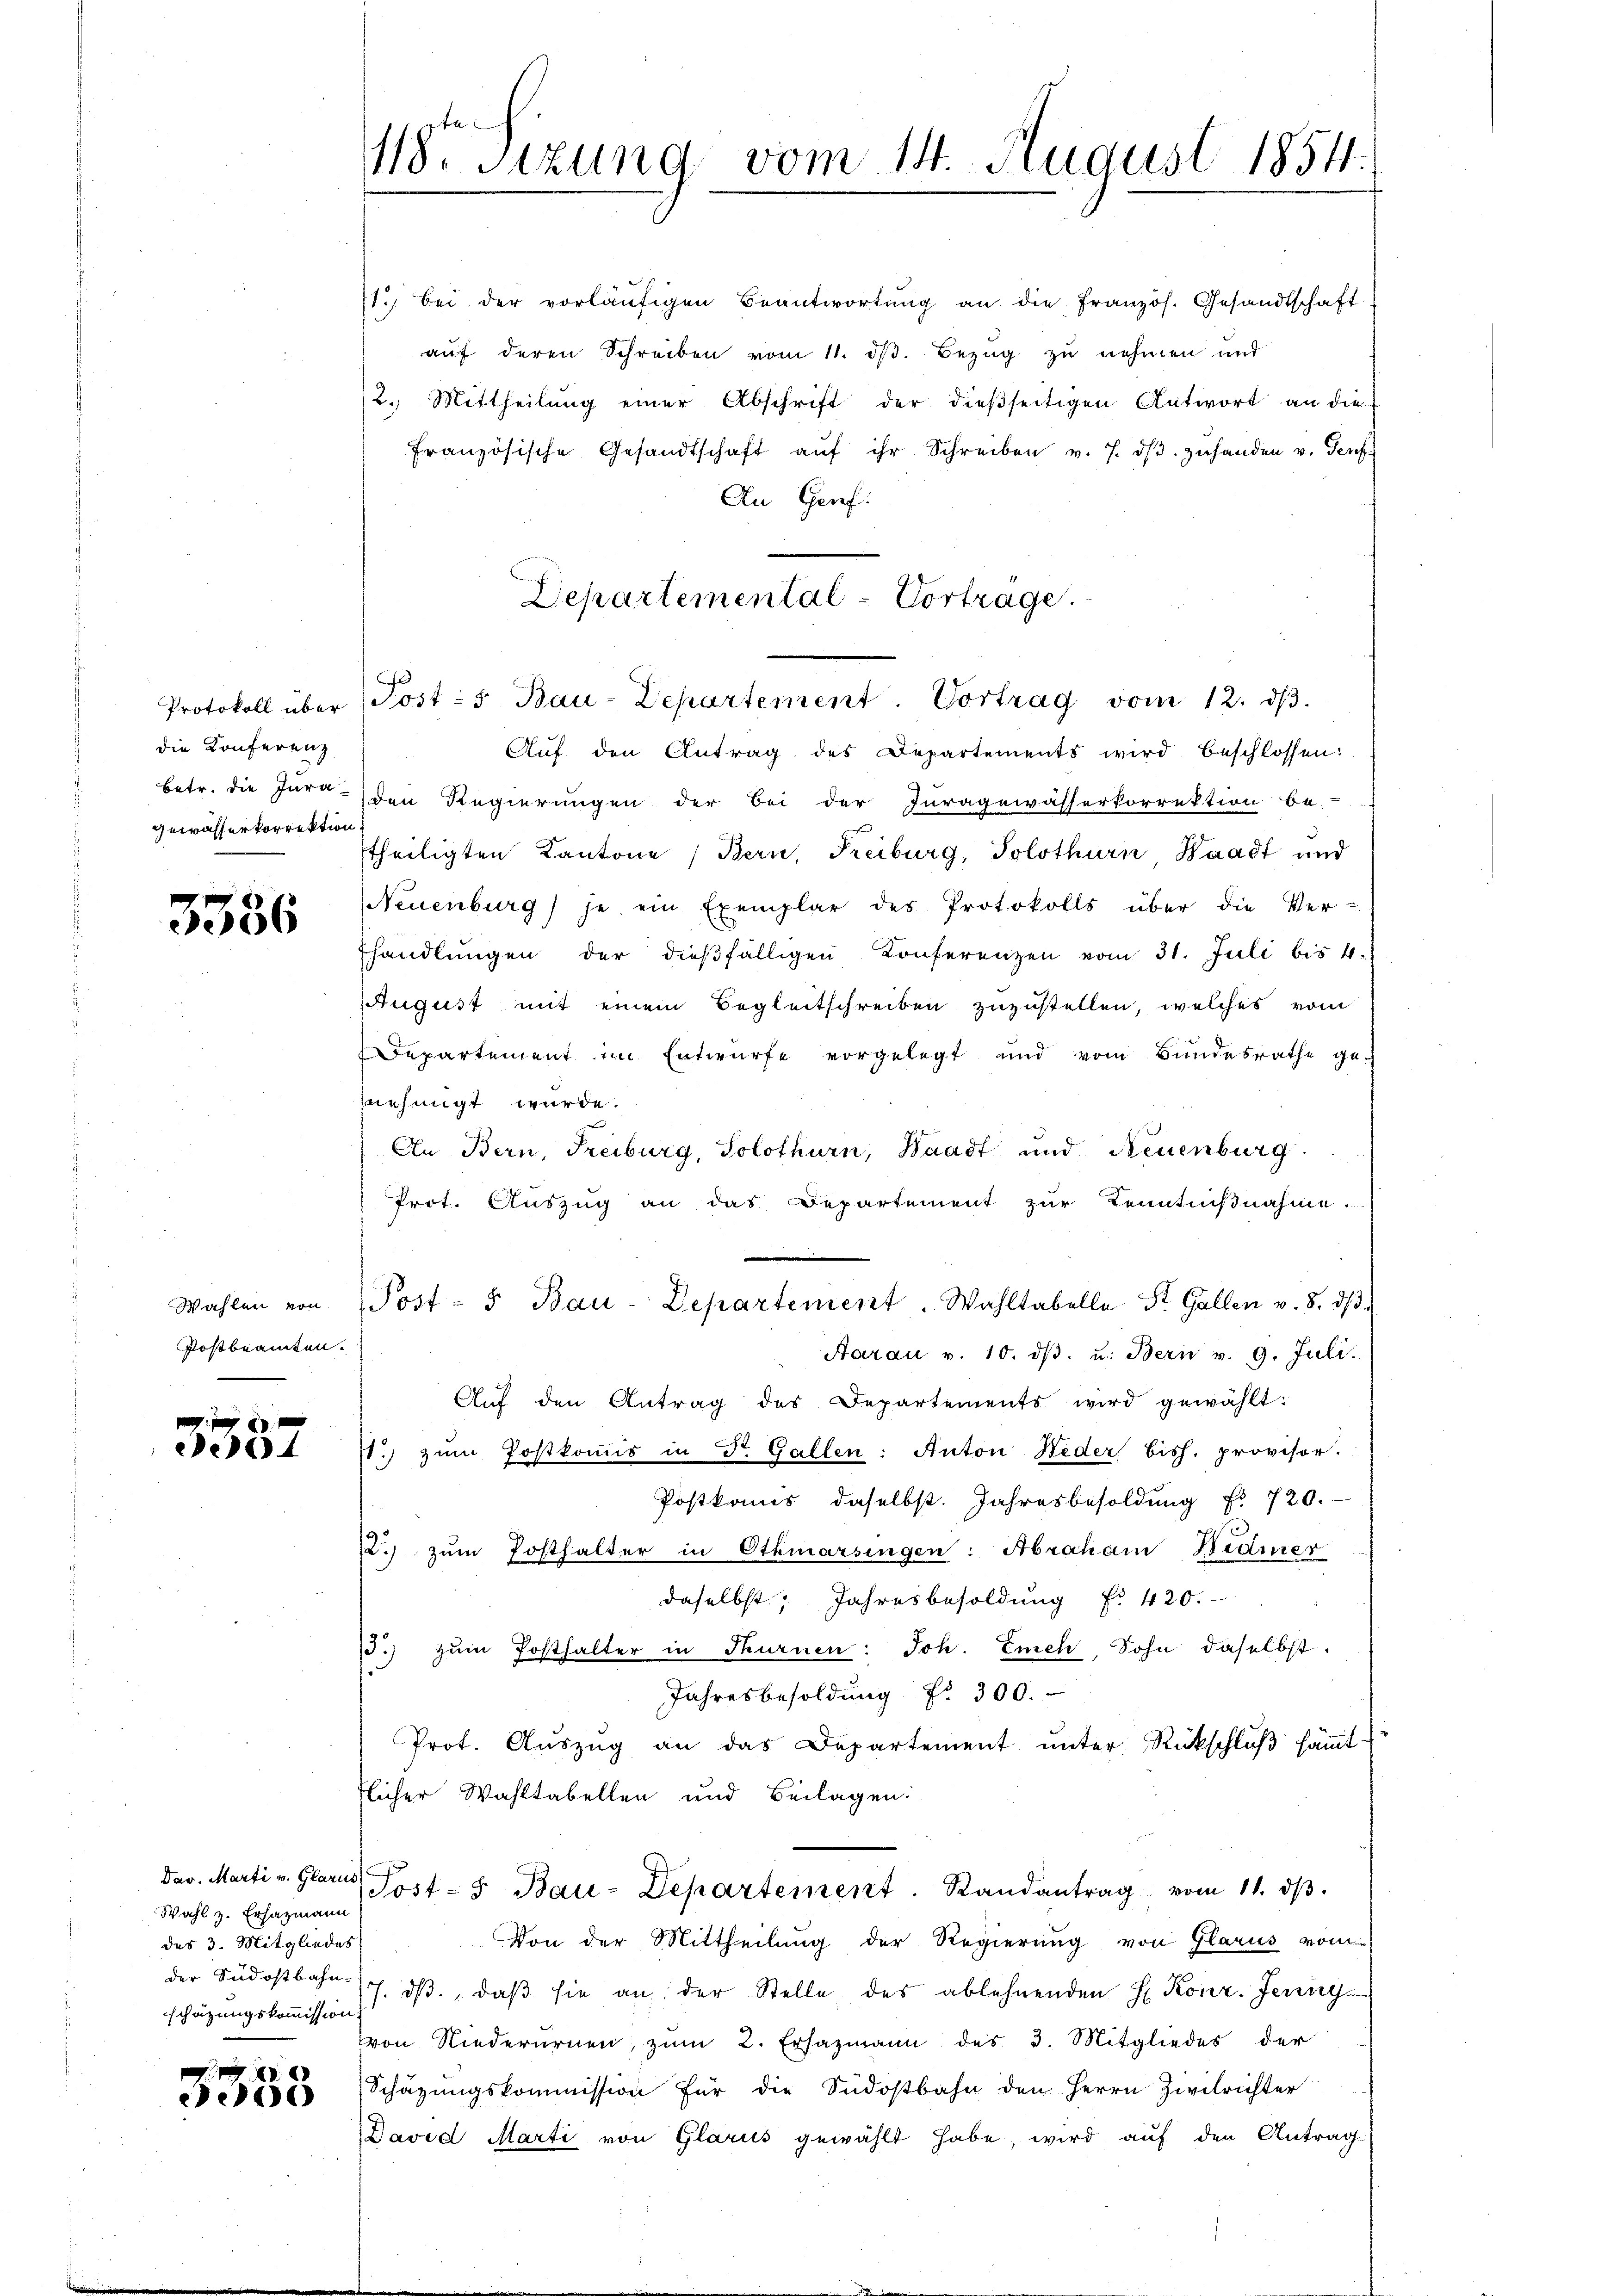
die Konferenz
Gewässerkorrektion

3336

Wahlen von
Postbeamten.

3537

Wahl z. Ersazmann
des 3. Mitgliedes
schätzungskommission

ER 69
e

118. Sizung vom 14. August 1854

11. bei der vorläŭfigen Beantwortŭng an die Französ. Gesandtschaft
aŭf deren Schreiben vom 11. dβ. Bezug zu nehmen und
2. Mittheilŭng einer Abschrift der dießseitigen Antwort an die
französische Gesandtschaft aŭf ihr Schreiben v. 7. dβ zŭ handen v. Genf
An Genf.
Departemental-Vortrage.

Protokoll über Post- 5. Bau-Departement. Vortrag vom 12. dβ.

Auf den Antrag des Departements wird beschlossen:
betr. die Jura den Regierungen der bei der Juragewässerkorrektion be-
theiligten Kantone Bern, Freiburg, Solothurn, Waadt und
Neuenburg) je ein Exemplar des Protokolls über die Ver-
handlŭngen der dieβfälligen Konferenzen vom 31. Juli bis 4.
August mit einem Begleitschreiben zuzustellen, welches vom
Departement im Entwurfe vorgelegt und vom Bundesrathe ge-
nehmigt wurde.
An Bern, Freiburg, Solothurn, Waadt und Neuenburg.
Prot. Auszug an das Departement zur Kenntnißnahme.
Aarau v. 10. dβ. u. Bern v. 9. Juli.
Aŭf den Antrag des Departements wird gewählt:
11.) zum Postkommis in St. Gallen: Anton Neder bish. provisor.
Postkommis daselbst. Jahresbesoldung Fr. 720.
2.) zŭm Posthalter in Othmarsingen: Abraham Bedier
daselbst, Jahresbesoldung f. 420.
.) zŭm Posthalter in Thurnen: Joh. Eich, Sohn daselbst.
Jahresbesoldung Nr. 300.
Prot. Auszug an das Departement unter Rückschluß sämmt-
flicher Wahltabellen und Beilagen:
Dav. Marti v. Glarus, Post- & Bau-Departement. Randantrag vom 11. dβ.
Von der Mittheilung der Regierung von Glarus vom
der Südostbahn 7. dβ, daβ sie an der Stelle des ablehnenden H. Konr. Jenn
von Niederurnen zŭm 2. Ersazmann des 3. Mitgliedes der
Schäzŭngskommission für die Südostbahn den Herrn Zivilrichter
David Marti von Glarus gewählt habe, wird auf den Antrag-

Post- u Bau-Departement. Wahltabelle St. Gallen v. 8. dβ